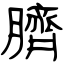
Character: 臍